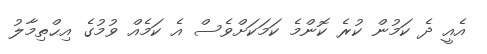
އެއީ ދެ ކަމުން ކުރެ ކޮންމެ ކަމަކަށްވެސް އެ ކަމެއް ވުމުގެ އިޙްތިމާލު